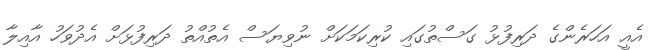
އެއީ އަހަރެންގެ ދަރިފުޅު ގަސްތުގައި ކުރިކަމަކަށް ނުވިޔަސް އެތުއްތު ދަރިފުޅަށް އެދުވަހު އާއިލާ